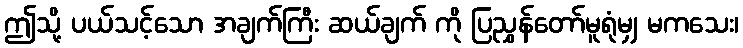
ဤသို့ ပယ်သင့်သော အချက်ကြီး ဆယ်ချက် ကို ပြညွှန်တော်မူရုံမျှ မကသေး၊